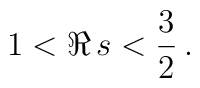
1<\Re\, s<\frac{3}{2}\,.